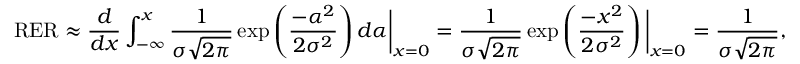
\mathrm { R E R } \approx \frac { d } { d x } \int _ { - \infty } ^ { x } \frac { 1 } { \sigma \sqrt { 2 \pi } } \exp \left( \frac { - \alpha ^ { 2 } } { 2 \sigma ^ { 2 } } \right) d \alpha \bigg \rvert _ { x = 0 } = \frac { 1 } { \sigma \sqrt { 2 \pi } } \exp \left( \frac { - x ^ { 2 } } { 2 \sigma ^ { 2 } } \right) \bigg \rvert _ { x = 0 } = \frac { 1 } { \sigma \sqrt { 2 \pi } } ,